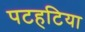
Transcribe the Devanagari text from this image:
पटहटिया